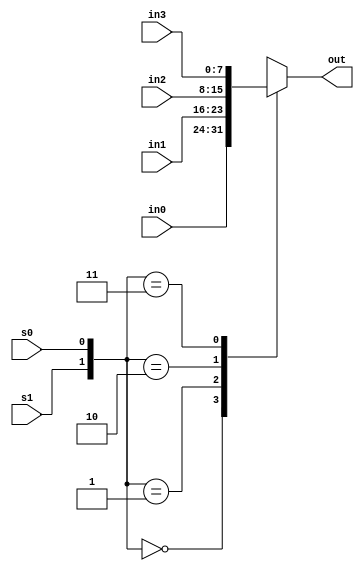

module Mux_4x1 #(parameter W=8) (s0,s1,in0,in1,in2,in3,out);
	

	input s0,s1;
	input [W-1:0] in0,in1,in2,in3;
	output reg [W-1:0] out;

	always @ (*) 
	begin
		case({s1,s0})					
			2'b00: out = in0;
			2'b01: out = in1;
			2'b10: out = in2;
			2'b11: out = in3;
		
		endcase
	end

endmodule